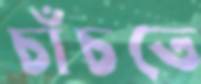
চাঁচতে